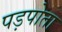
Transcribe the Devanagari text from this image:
पड़पोता